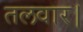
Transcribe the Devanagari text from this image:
तलवार।